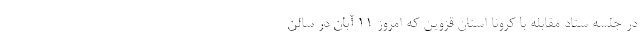
در جلسه ستاد مقابله با کرونا استان قزوین که امروز ۱۱ آبان در سالن